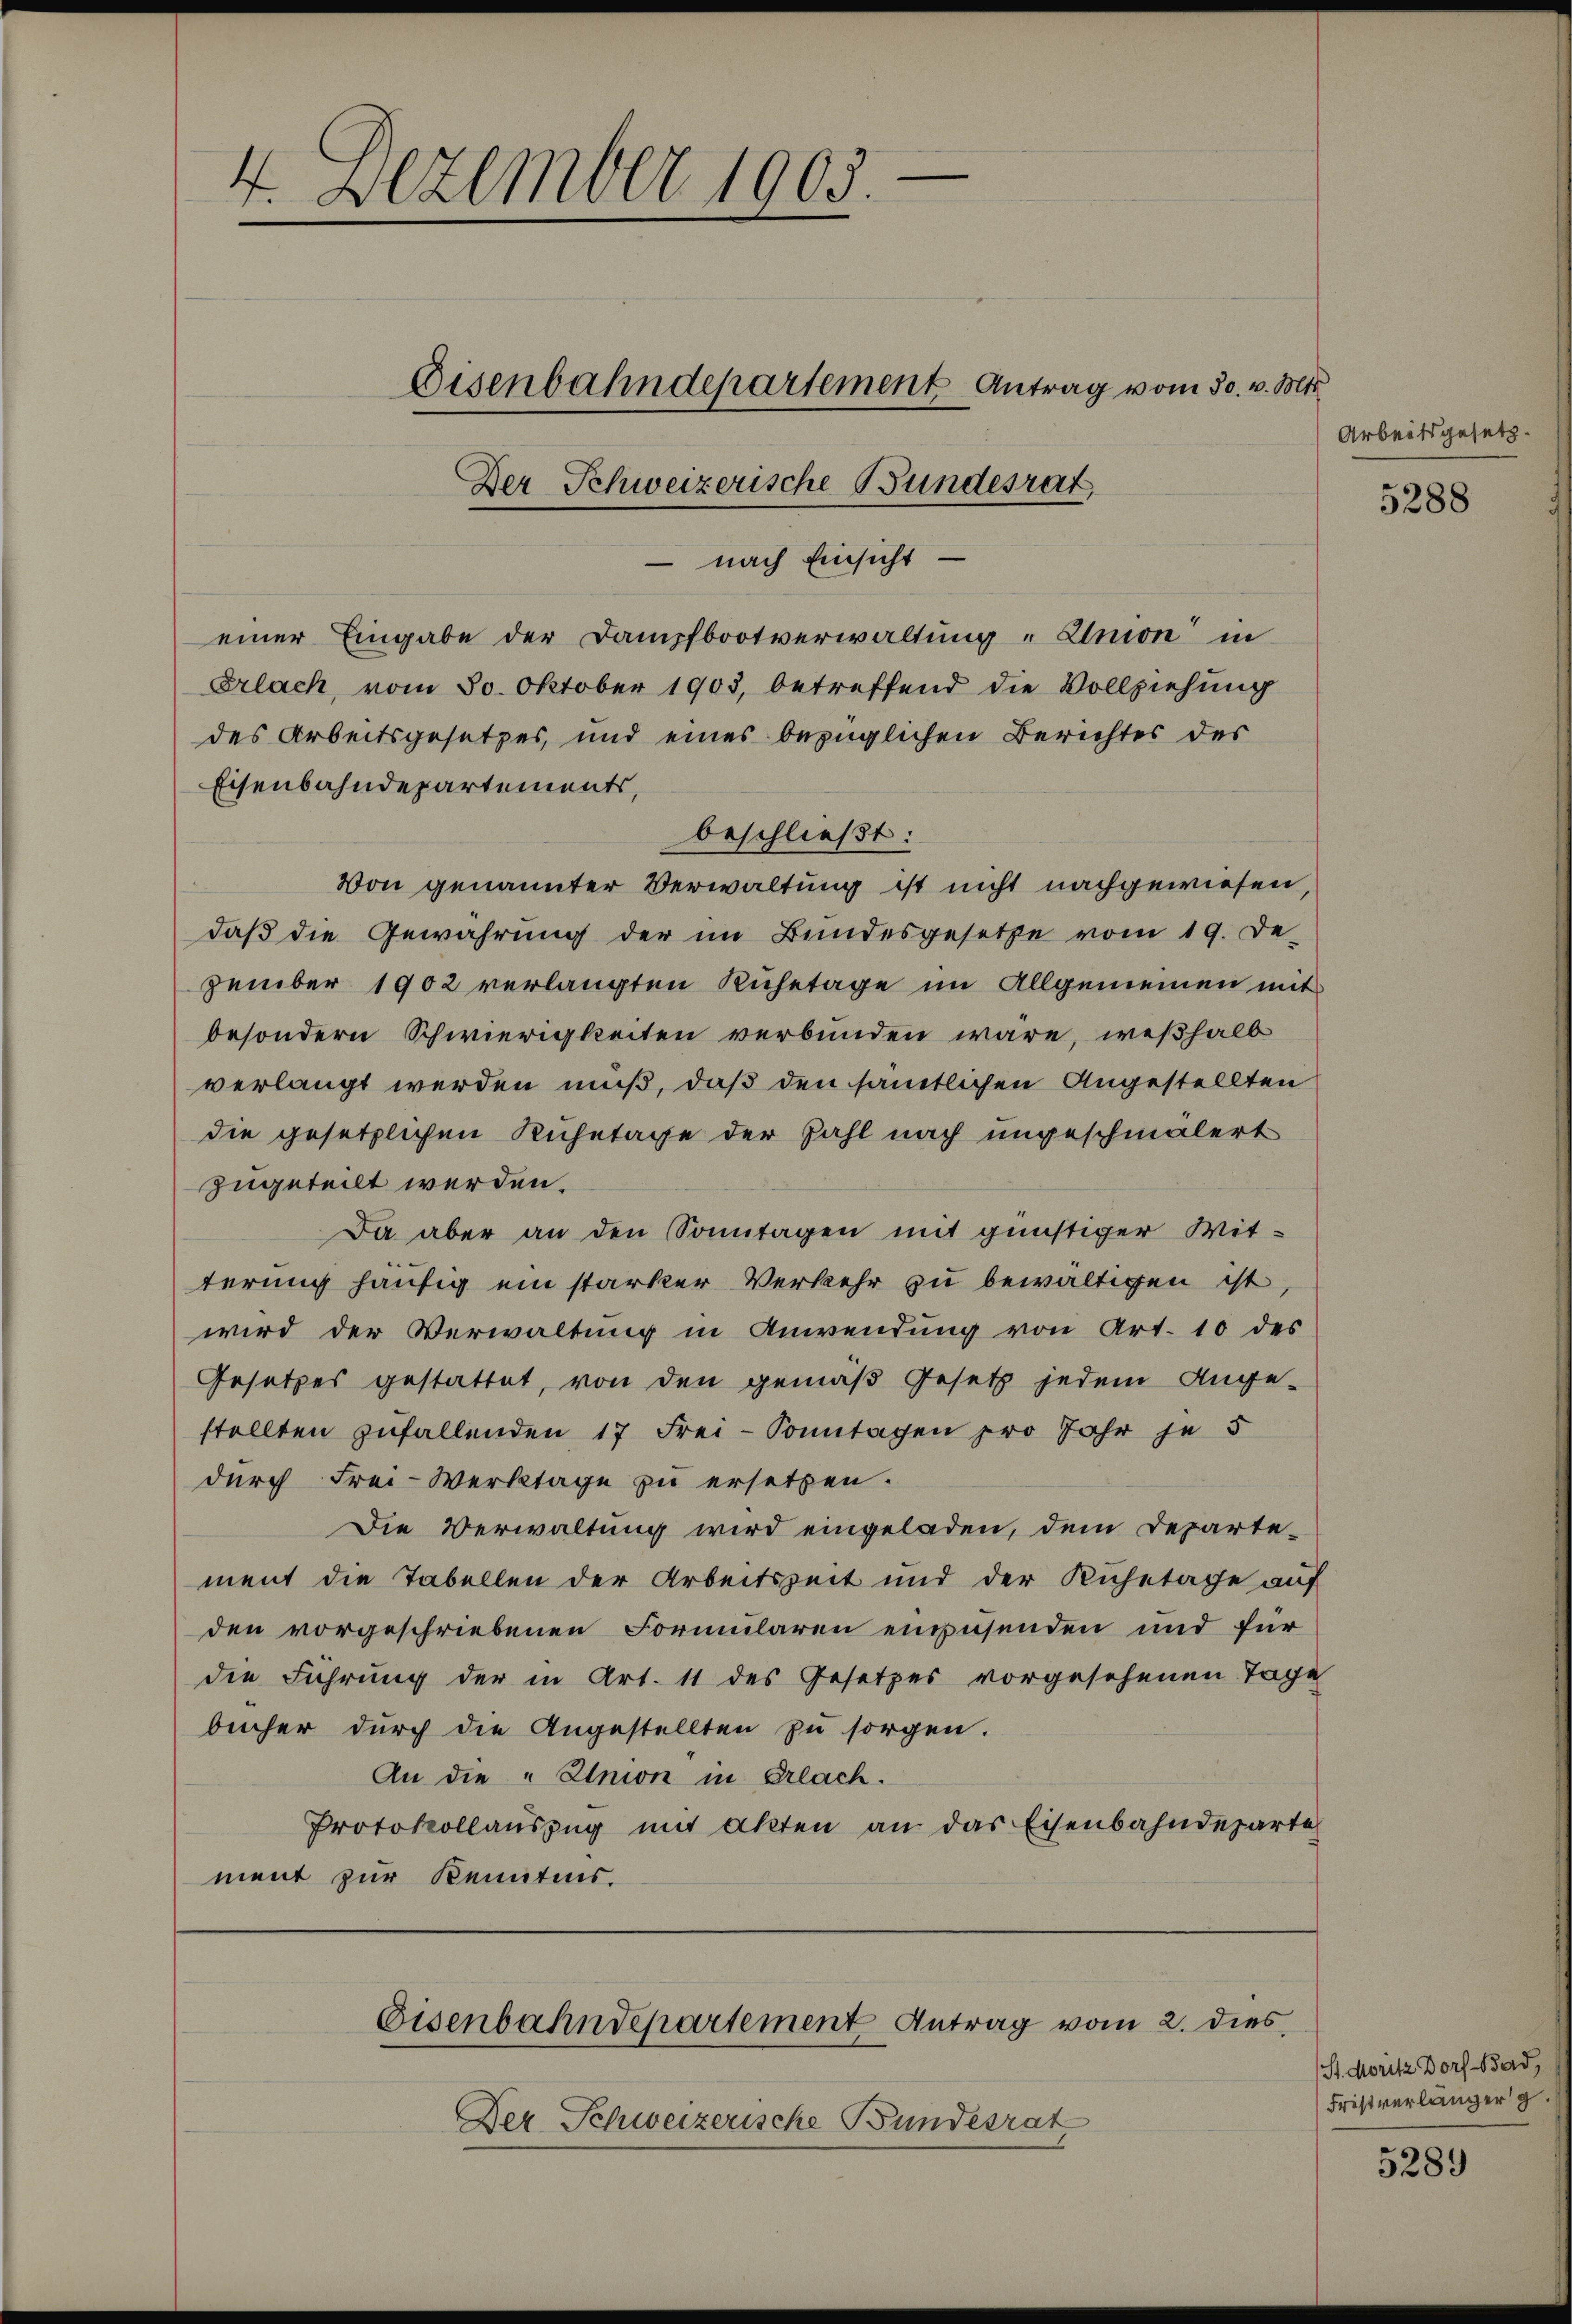
4. Dezember 1903.

einer Eingabe der Dampfbootverwaltung "Union in
Erlach, vom 30. Oktober 1903, betreffend die Vollziehung
des Arbeitsgesetzes, und eines bezüglichen Berichtes des
Eisenbahndepartements,
beschließt:
Von genannter Verwaltung ist nicht nachgewiesen,
daß die Gewährung der im Bundesgesetze vom 19. De-
zember 1902 verlangten Ruhetage im Allgemeinen mit
besondern Schwierigkeiten verbunden wäre, weßhalb
verlangt werden muß, daß den sämtlichen Angestellten
die gesetzlichen Kuhetage der Zahl nach ungeschmälert
zugeteilt werden.
Da aber an den Sonntagen mit günstiger Wit-
terung häufig ein starker Verkehr zu bewältigen ist,
wird der Verwaltung in Anwendung von Art. 10 des
Gesetzes gestattet, von den gemäß Gesetz jedem Ange-
stellten zufallenden 17 Frei-Sonntagen pro Jahr je 5
durch Frei-Werktage zu ersetzen.
Die Verwaltung wird eingeladen, dem Departe-
ment die Tabellen der Arbeitszeit und der Ruhetage auf
den vorgeschriebenen Formularen einzusenden und für
die Führung der in Art. 11 des Gesetzes vorgesehenen Tage
bücher durch die Angestellten zu sorgen.
An die „Union in Erlach.
Protokollaŭszŭg mit Akten an das Eisenbahndeparte
ment zur Kenntnis.

Eisenbahndepartement Antrag vom 30. v. Mts.
Der Schweizerische Bundesrat

– nach Einsicht

Eisenbahndepartement Antrag vom 2. dies

Der Schweizerische Bundesrat

Arbeitsgesetz

5288

(St. Moritz Dorf Bad
Fristverlänger g

5289